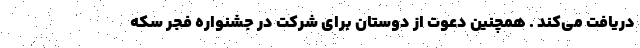
دریافت می‌کند . همچنین دعوت از دوستان برای شرکت در جشنواره فجر سکه